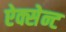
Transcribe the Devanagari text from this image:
ऐक्सेन्ट